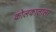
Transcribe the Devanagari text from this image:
कोलकाताला